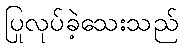
ပြုလုပ်ခဲ့သေးသည်